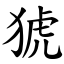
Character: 猇